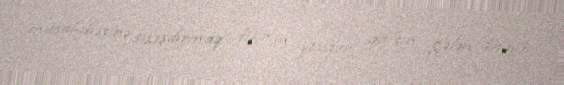
müsahibəsinə sıxışdırmaq fikrim yoxdur, qalsın gələn dəfəyə.